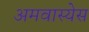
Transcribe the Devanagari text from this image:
अमवास्येस